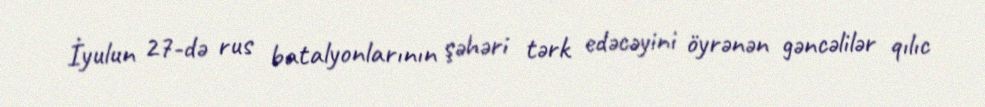
İyulun 27-də rus batalyonlarının şəhəri tərk edəcəyini öyrənən gəncəlilər qılıc